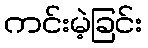
ကင်းမဲ့ခြင်း